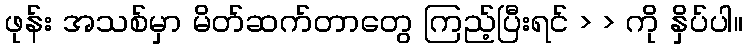
ဖုန်း အသစ်မှာ မိတ်ဆက်တာတွေ ကြည့်ပြီးရင် > > ကို နှိပ်ပါ။